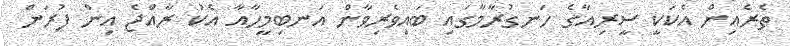
ތެރެއިން އެކަކީ ސީރިއާގެ ހަނގުރާމާގައި ބައިވެރިވާން އަނބިމީހާއާ އެކު ރާއްޖެ އިން ފުރަން